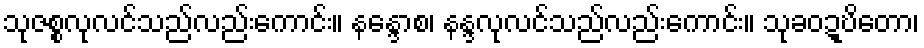
သုဇစ္စလုလင်သည်လည်းကောင်း။ နန္ဒောစ၊ နန္ဒလုလင်သည်လည်းကောင်း။ သုခဝဍ္ဎိတော၊